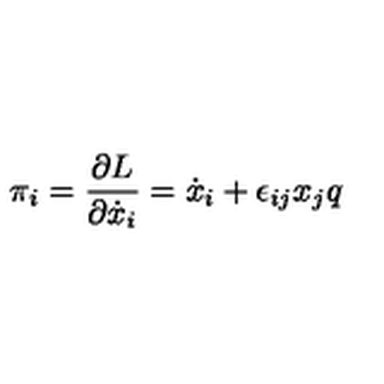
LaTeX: \pi _ { i } = \frac { \partial L } { \partial \dot { x } _ { i } } = \dot { x } _ { i } + \epsilon _ { i j } x _ { j } q